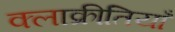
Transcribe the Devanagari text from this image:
क्लाक्रीतियाँ